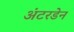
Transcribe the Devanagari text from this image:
अंटरडेन